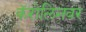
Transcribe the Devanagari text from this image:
कॅरोलिनवर